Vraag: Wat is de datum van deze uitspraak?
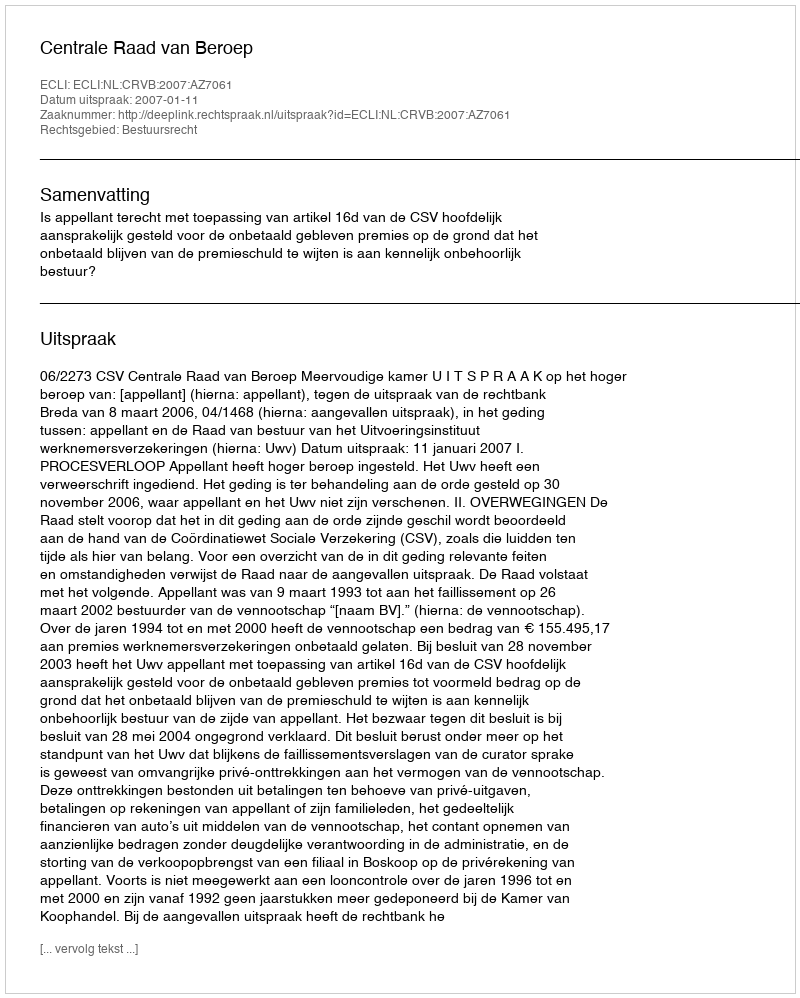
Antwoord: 2007-01-11